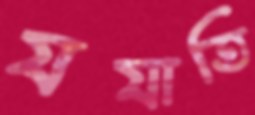
যযাতি